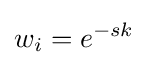
w_{i}=e^{-sk}